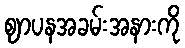
ဈာပနအခမ်းအနားကို